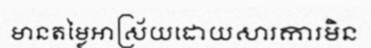
មានតម្លៃអាស្រ័យដោយសារការមិន